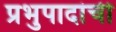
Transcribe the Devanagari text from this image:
प्रभुपादांची